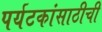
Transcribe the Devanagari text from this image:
पर्यटकांसाठीची